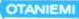
OTANIEMI